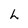
Character: h